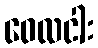
ဝေလငါး